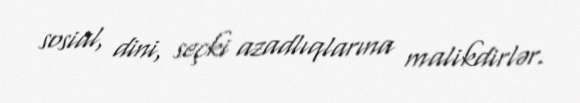
sosial, dini, seçki azadlıqlarına malikdirlər.